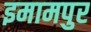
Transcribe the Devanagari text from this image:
इमामपुर